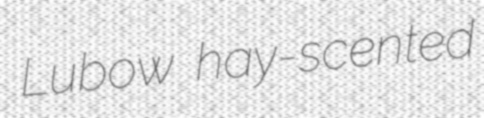
Lubow hay-scented